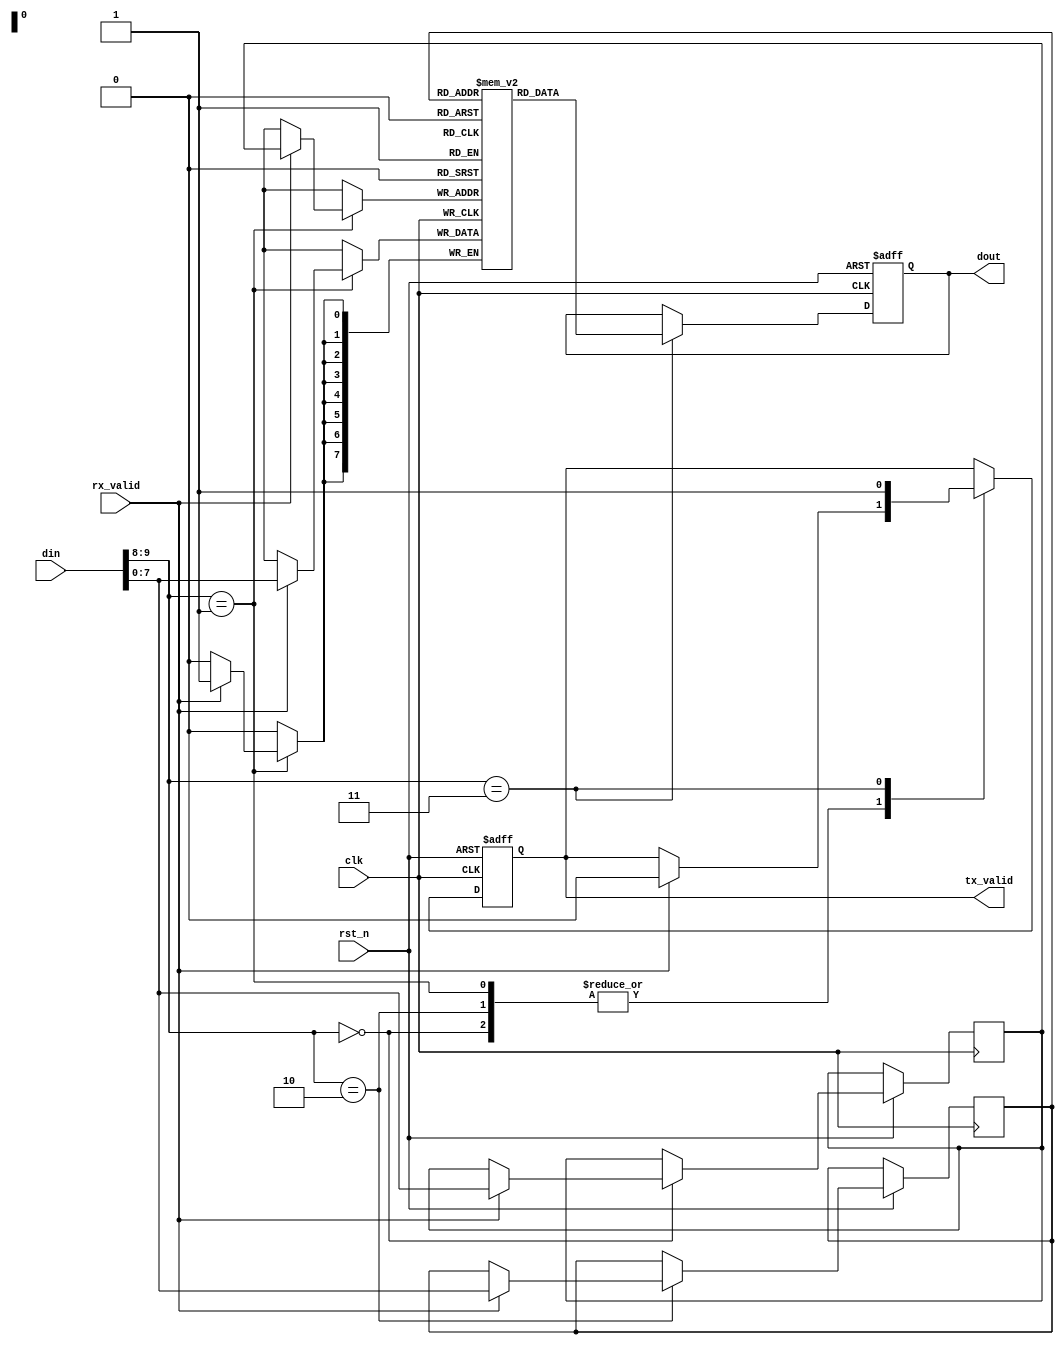
module spi_RAM (clk, rst_n, din, rx_valid, dout, tx_valid);
parameter MEM_DEPTH = 256;
parameter ADDR_SIZE = 8;
input clk, rst_n, rx_valid;
input [9:0] din;
output reg tx_valid;
output reg [7:0] dout;
reg [7:0] mem [MEM_DEPTH-1:0];
reg [ADDR_SIZE-1:0] add_write, add_read;

always @(posedge clk or negedge rst_n) begin
	if (rst_n==0) begin
		dout<='b0;
		tx_valid<='b0;
	end
	else begin
	  case (din[9:8])
	    2'b00: begin
	    	if (rx_valid) begin
	    		add_write<=din[7:0];
	    		tx_valid<=0;
	    	end
	    end
	    2'b01: begin
	    	if (rx_valid) begin
	    		tx_valid<=0;
	    	end
	    end
	    2'b10: begin
	    	if (rx_valid) begin
	    		add_read<=din[7:0];
	    		tx_valid<=0;
	    	end
	    end
	    2'b11: begin
	    	dout<=mem[add_read];
	    	tx_valid<=1'b1;
	    end
	  endcase
	end
end
always @(posedge clk) begin
	if (din[9:8]==2'b01) begin
	    if (rx_valid) begin
	    	mem[add_write]<=din[7:0];
	    end
	end
end
endmodule